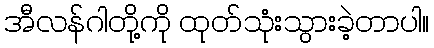
အီလန်ဂါတို့ကို ထုတ်သုံးသွားခဲ့တာပါ။